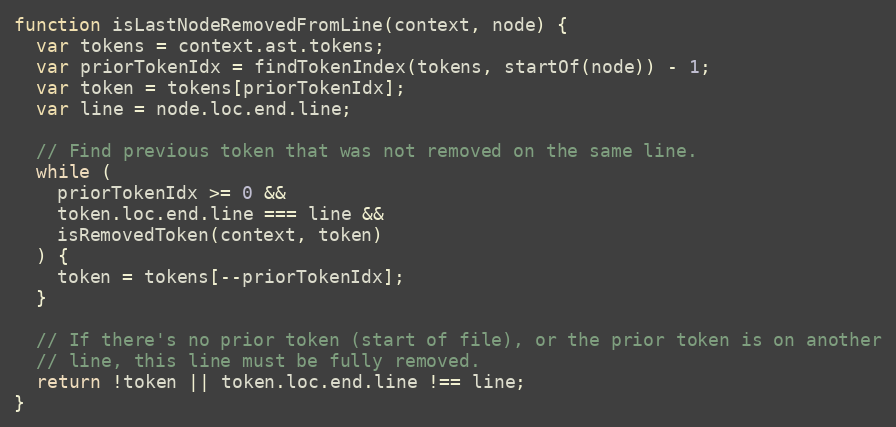
Language: JavaScript
function isLastNodeRemovedFromLine(context, node) {
  var tokens = context.ast.tokens;
  var priorTokenIdx = findTokenIndex(tokens, startOf(node)) - 1;
  var token = tokens[priorTokenIdx];
  var line = node.loc.end.line;

  // Find previous token that was not removed on the same line.
  while (
    priorTokenIdx >= 0 &&
    token.loc.end.line === line &&
    isRemovedToken(context, token)
  ) {
    token = tokens[--priorTokenIdx];
  }

  // If there's no prior token (start of file), or the prior token is on another
  // line, this line must be fully removed.
  return !token || token.loc.end.line !== line;
}